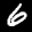
Label: 6